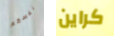
نفسكم كراين